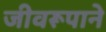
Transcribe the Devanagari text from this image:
जीवरूपाने